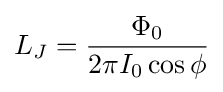
L_{J}={\frac {\Phi _{0}}{2\pi I_{0}\cos \phi }}